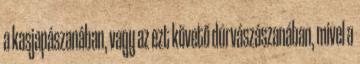
a kasjapászanában, vagy az ezt követő dúrvászászanában, mivel a